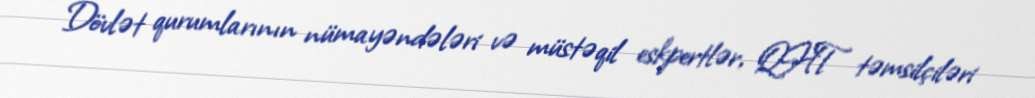
Dövlət qurumlarının nümayəndələri və müstəqil eskpertlər, QHT təmsilçiləri